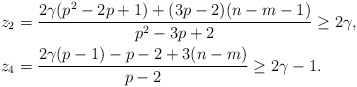
\begin{align*}z_2 &= \frac{2 \gamma (p^2 - 2p + 1) + (3p - 2)(n - m - 1)}{p^2 - 3p + 2} \geq 2 \gamma, \\z_4 &= \frac{2 \gamma (p - 1) - p - 2 + 3(n - m)}{p-2} \geq 2 \gamma - 1.\end{align*}